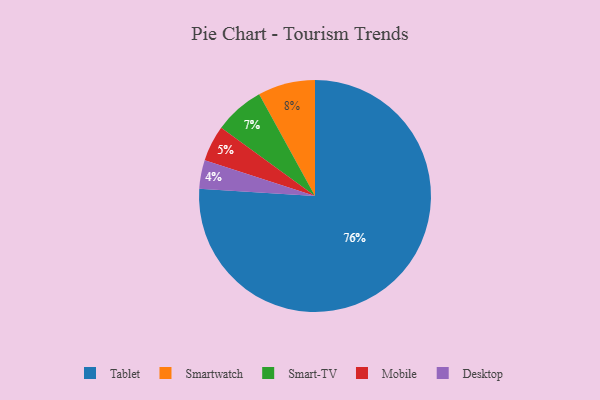
{"axis": {"x": "Category", "y": "Percentage"}, "legend": ["Desktop", "Mobile", "Smart-TV", "Smartwatch", "Tablet"], "data": [{"x": "Mobile", "y": 5, "type": "Mobile"}, {"x": "Smartwatch", "y": 8, "type": "Smartwatch"}, {"x": "Tablet", "y": 76, "type": "Tablet"}, {"x": "Desktop", "y": 4, "type": "Desktop"}, {"x": "Smart-TV", "y": 7, "type": "Smart-TV"}]}